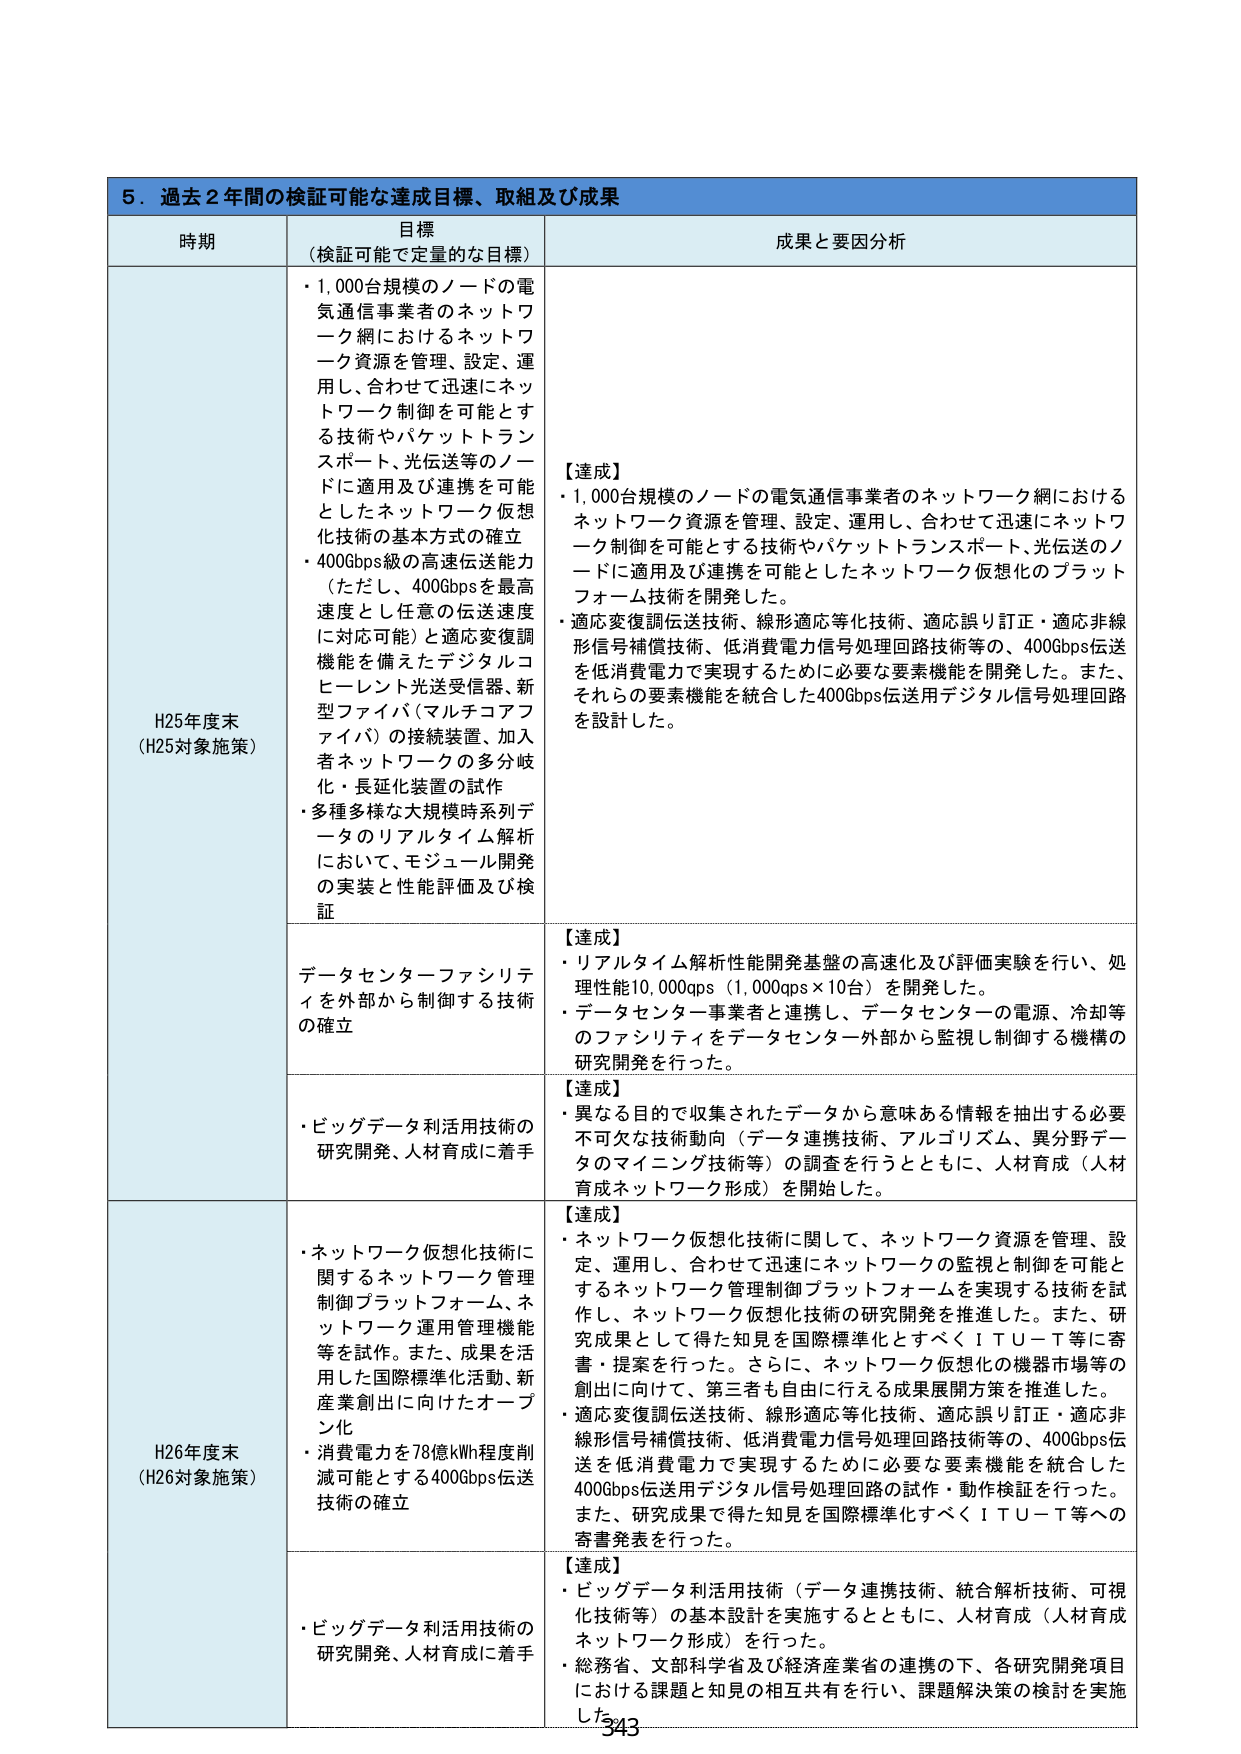
５．過去２年間の検証可能な達成目標、取組及び成果

時期 目標（検証可能で定量的な目標） 成果と要因分析

H25年度末（H25対象施策）
・1,000台規模のノードの電気通信事業者のネットワーク網におけるネットワーク資源を管理、設定、運用し、合わせて迅速にネットワーク制御を可能とする技術やパケットトランスポート、光伝送等のノードに適用及び連携を可能としたネットワーク仮想化技術の基本方式の確立
・400Gbps級の高速伝送能力（ただし、400Gbpsを最高速度とし任意の伝送速度に対応可能）と適応変復調機能を備えたデジタルコヒーレント光送受信器、新型ファイバ（マルチコアファイバ）の接続装置、加入者ネットワークの多分岐化・長延化装置の試作
・多種多様な大規模時系列データのリアルタイム解析において、モジュール開発の実装と性能評価及び検証

【達成】
・1,000台規模のノードの電気通信事業者のネットワーク網におけるネットワーク資源を管理、設定、運用し、合わせて迅速にネットワーク制御を可能とする技術やパケットトランスポート、光伝送のノードに適用及び連携を可能としたネットワーク仮想化のプラットフォーム技術を開発した。
・適応変復調伝送技術、線形適応等化技術、適応誤り訂正・適応非線形信号補償技術、低消費電力信号処理回路技術等の、400Gbps伝送を低消費電力で実現するために必要な要素機能を開発した。また、それらの要素機能を統合した400Gbps伝送用デジタル信号処理回路を設計した。

データセンターファシリティを外部から制御する技術の確立

【達成】
・リアルタイム解析性能開発基盤の高速化及び評価実験を行い、処理性能10,000qps（1,000qps×10台）を開発した。
・データセンター事業者と連携し、データセンターの電源、冷却等のファシリティをデータセンター外部から監視し制御する機構の研究開発を行った。

・ビッグデータ利活用技術の研究開発、人材育成に着手

【達成】
・異なる目的で収集されたデータから意味ある情報を抽出する必要不可欠な技術動向（データ連携技術、アルゴリズム、異分野データのマイニング技術等）の調査を行うとともに、人材育成（人材育成ネットワーク形成）を開始した。

H26年度末（H26対象施策）
・ネットワーク仮想化技術に関するネットワーク管理制御プラットフォーム、ネットワーク運用管理機能等を試作。また、成果を活用した国際標準化活動、新産業創出に向けたオープン化
・消費電力を78億kWh程度削減可能とする400Gbps伝送技術の確立

【達成】
・ネットワーク仮想化技術に関して、ネットワーク資源を管理、設定、運用し、合わせて迅速にネットワークの監視と制御を可能とするネットワーク管理制御プラットフォームを実現する技術を試作し、ネットワーク仮想化技術の研究開発を推進した。また、研究成果として得た知見を国際標準化とすべくＩＴＵ－Ｔ等に寄書・提案を行った。さらに、ネットワーク仮想化の機器市場等の創出に向けて、第三者も自由に行える成果展開方策を推進した。
・適応変復調伝送技術、線形適応等化技術、適応誤り訂正・適応非線形信号補償技術、低消費電力信号処理回路技術等の、400Gbps伝送を低消費電力で実現するために必要な要素機能を統合した400Gbps伝送用デジタル信号処理回路の試作・動作検証を行った。また、研究成果で得た知見を国際標準化すべくＩＴＵ－Ｔ等への寄書発表を行った。

・ビッグデータ利活用技術の研究開発、人材育成に着手

【達成】
・ビッグデータ利活用技術（データ連携技術、統合解析技術、可視化技術等）の基本設計を実施するとともに、人材育成（人材育成ネットワーク形成）を行った。
・総務省、文部科学省及び経済産業省の連携の下、各研究開発項目における課題と知見の相互共有を行い、課題解決策の検討を実施した。

343